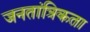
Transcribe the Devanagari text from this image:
जनतांत्रिकता